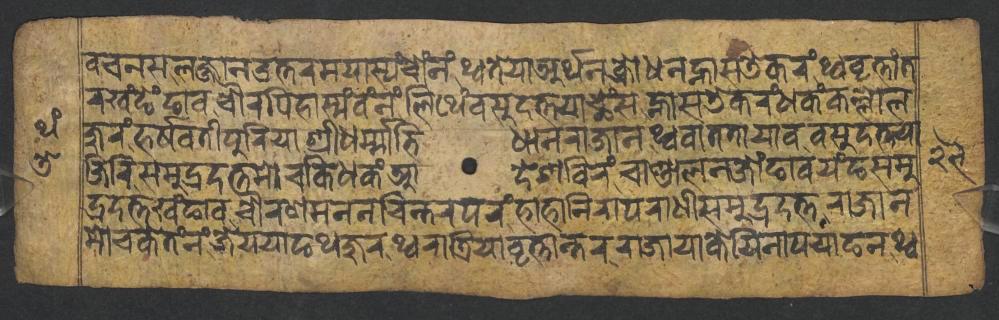
𑐰𑐔𑐣𑐳𑐮𑐖𑑂𑐖𑐵𑐣𑑁𑐟𑑂𑐟𑐬𑐩𑐫𑐵𑐳𑑂𑐫𑑄𑐔𑑀𑑄𑐣𑑄𑐠𑑂𑐰𑐟𑐾𑐫𑐵𑐀𑐬𑑂𑐠𑐣𑐎𑑂𑐬𑑀𑐢𑐣𑐣𑑂𑐴𑐵𑐳𑐜𑐾𑐎𑐬𑑄𑐠𑑂𑐰𑐰𑐺𑐟𑑂𑐟𑐵𑑄𑐟 𑐬𑐏𑑄𑐒𑐾𑑄𑐒𑐵𑐰𑐔𑑁𑐬𑐥𑐶𑐴𑐵𑐳𑑂𑐫𑑄𑐰𑑄𑐣𑑄𑐮𑐶𑐠𑐾𑑄𑐰𑐳𑐸𑐡𑐟𑑂𑐟𑐫𑐵𑐕𑐾𑑄𑐳𑐣𑑂𑐴𑐵𑐳𑐜𑐾𑐎𑐬𑑄𑐢𑐎𑑄𑐎𑐮𑑂𑐮𑑀𑐮 𑐖𑐸𑐬𑑄𑐴𑐬𑑂𑐲𑐰𑐟𑐷𑐥𑐸𑐬𑐶𑐫𑐵𑐱𑑂𑐬𑐷𑐢𑐬𑑂𑐩𑑂𑐩𑐵𑐨𑐶𑐢𑐵𑐣𑐬𑐵𑐖𑐵𑐣𑐠𑑂𑐰𑐰𑐵𑐟𑐟𑐵𑐫𑐵𑐰𑐰𑐳𑐸𑐡𑐟𑑂𑐟𑐫𑐵 𑐖𑐶𑐬𑐶𑐳𑐩𑐸𑐡𑑂𑐬𑐡𑐟𑑂𑐟𑐩𑑀𑐔𑐎𑐶𑐢𑐎𑑄𑐁𑐡𑐾𑐱𑐧𑐶𑐬𑑄𑐔𑐵𑐞𑑂𑐜𑐵𑐮𑐣𑐖𑑀𑑄𑐒𑐵𑐰𑐫𑑄𑐒𑐳𑐩𑐸 𑐡𑑂𑐬𑐡𑐟𑑂𑐟𑐏𑑄𑐒𑐵𑐰𑐔𑑁𑐬𑐞𑐩𑐣𑐣𑐔𑐶𑐣𑑂𑐟𑐬𑐥𑐬𑑄𑐴𑐵𑐴𑐵𑐣𑐶𑐬𑐵𑐥𑐬𑐵𑐢𑐷𑐳𑐩𑐸𑐡𑑂𑐬𑐡𑐟𑑂𑐟𑐬𑐵𑐖𑐵𑐣 𑐩𑑀𑐔𑐎𑐾𑐟𑑄𑐣𑑄𑐖𑐾𑐫𑐫𑐵𑐒𑐠𑐖𑐸𑐬𑐠𑑂𑐰𑐬𑐵𑐟𑑂𑐬𑐶𑐫𑐵𑐰𑐺𑐟𑑂𑐟𑐵𑐣𑑂𑐟𑐬𑐬𑐵𑐖𑐵𑐫𑐵𑐎𑐾𑐫𑐶𑐣𑐵𑐥𑐫𑐵𑐒𑐣𑐠𑑂𑐰